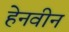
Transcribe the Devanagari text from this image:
हेनवीन